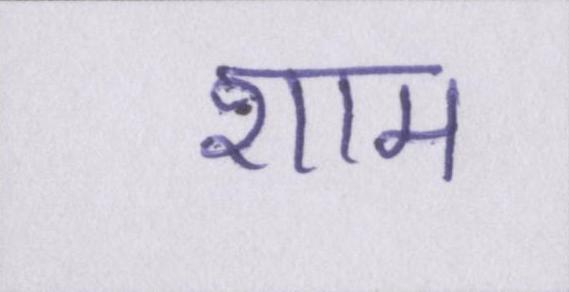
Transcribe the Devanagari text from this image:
शाम